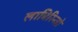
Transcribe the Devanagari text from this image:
लाबिरिन्तो